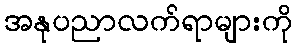
အနုပညာလက်ရာများကို